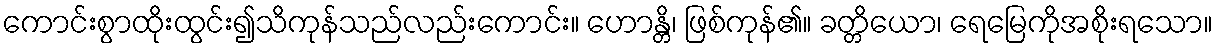
ကောင်းစွာထိုးထွင်း၍သိကုန်သည်လည်းကောင်း။ ဟောန္တိ၊ ဖြစ်ကုန်၏။ ခတ္တိယော၊ ရေမြေကိုအစိုးရသော။